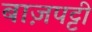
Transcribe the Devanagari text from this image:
बाज़पट्टी